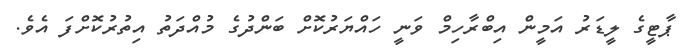
ޕާޓީގެ ލީޑަރު އަމީން އިބްރާހިމް ވަނީ ހައްޔަރުކޮށް ބަންދުގެ މުއްދަތު އިތުރުކޮށްފަ އެވެ.